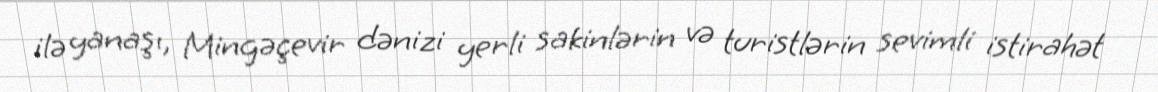
ilə yanaşı, Mingəçevir dənizi yerli sakinlərin və turistlərin sevimli istirahət